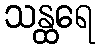
သန္ထရေ